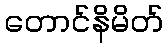
တောင်နိမိတ်